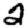
Digit: 2